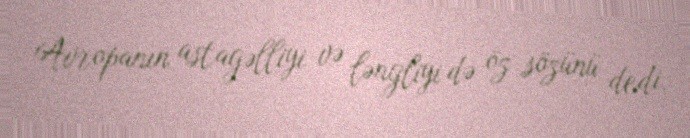
Avropanın astagəlliyi və ləngliyi də öz sözünü dedi.